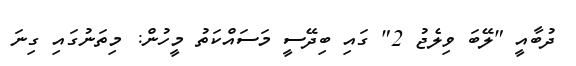
ދުބާއީ "ލޭބަ ވިލެޖު 2" ގައި ބިދޭސީ މަސައްކަތު މީހުން: މިތަނުގައި ގިނަ